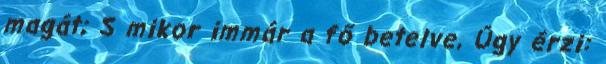
magát; S mikor immár a fő betelve, Úgy érzi: